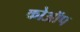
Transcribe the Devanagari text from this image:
कोऑप